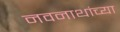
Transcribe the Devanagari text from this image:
नवनाथांच्या